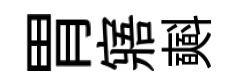
胃寤𣂏